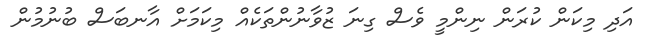
އަދި މިކަން ކުރަން ނިންމީ ވެސް ގިނަ ޒުވާނުންތަކެއް މިކަމަށް އާނބަސް ބުނުމުން